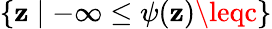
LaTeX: \{ \mathbf{z}\mid-\infty\leq\psi(\mathbf{z})\leqc\}